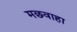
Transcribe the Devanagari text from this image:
मछवाहा